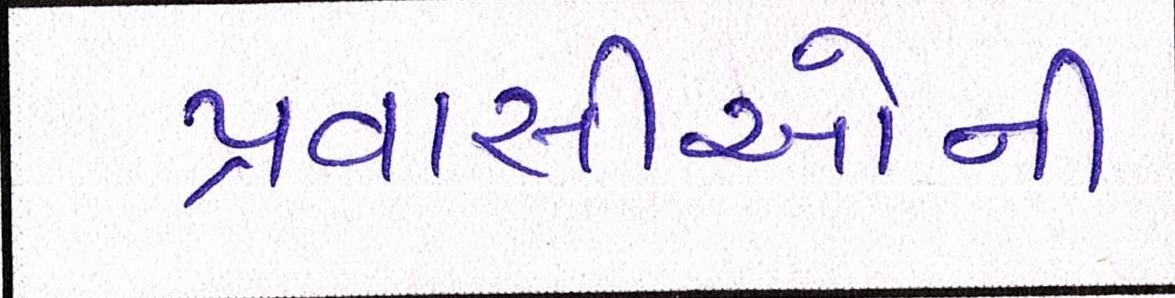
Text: પ્રવાસીઓની